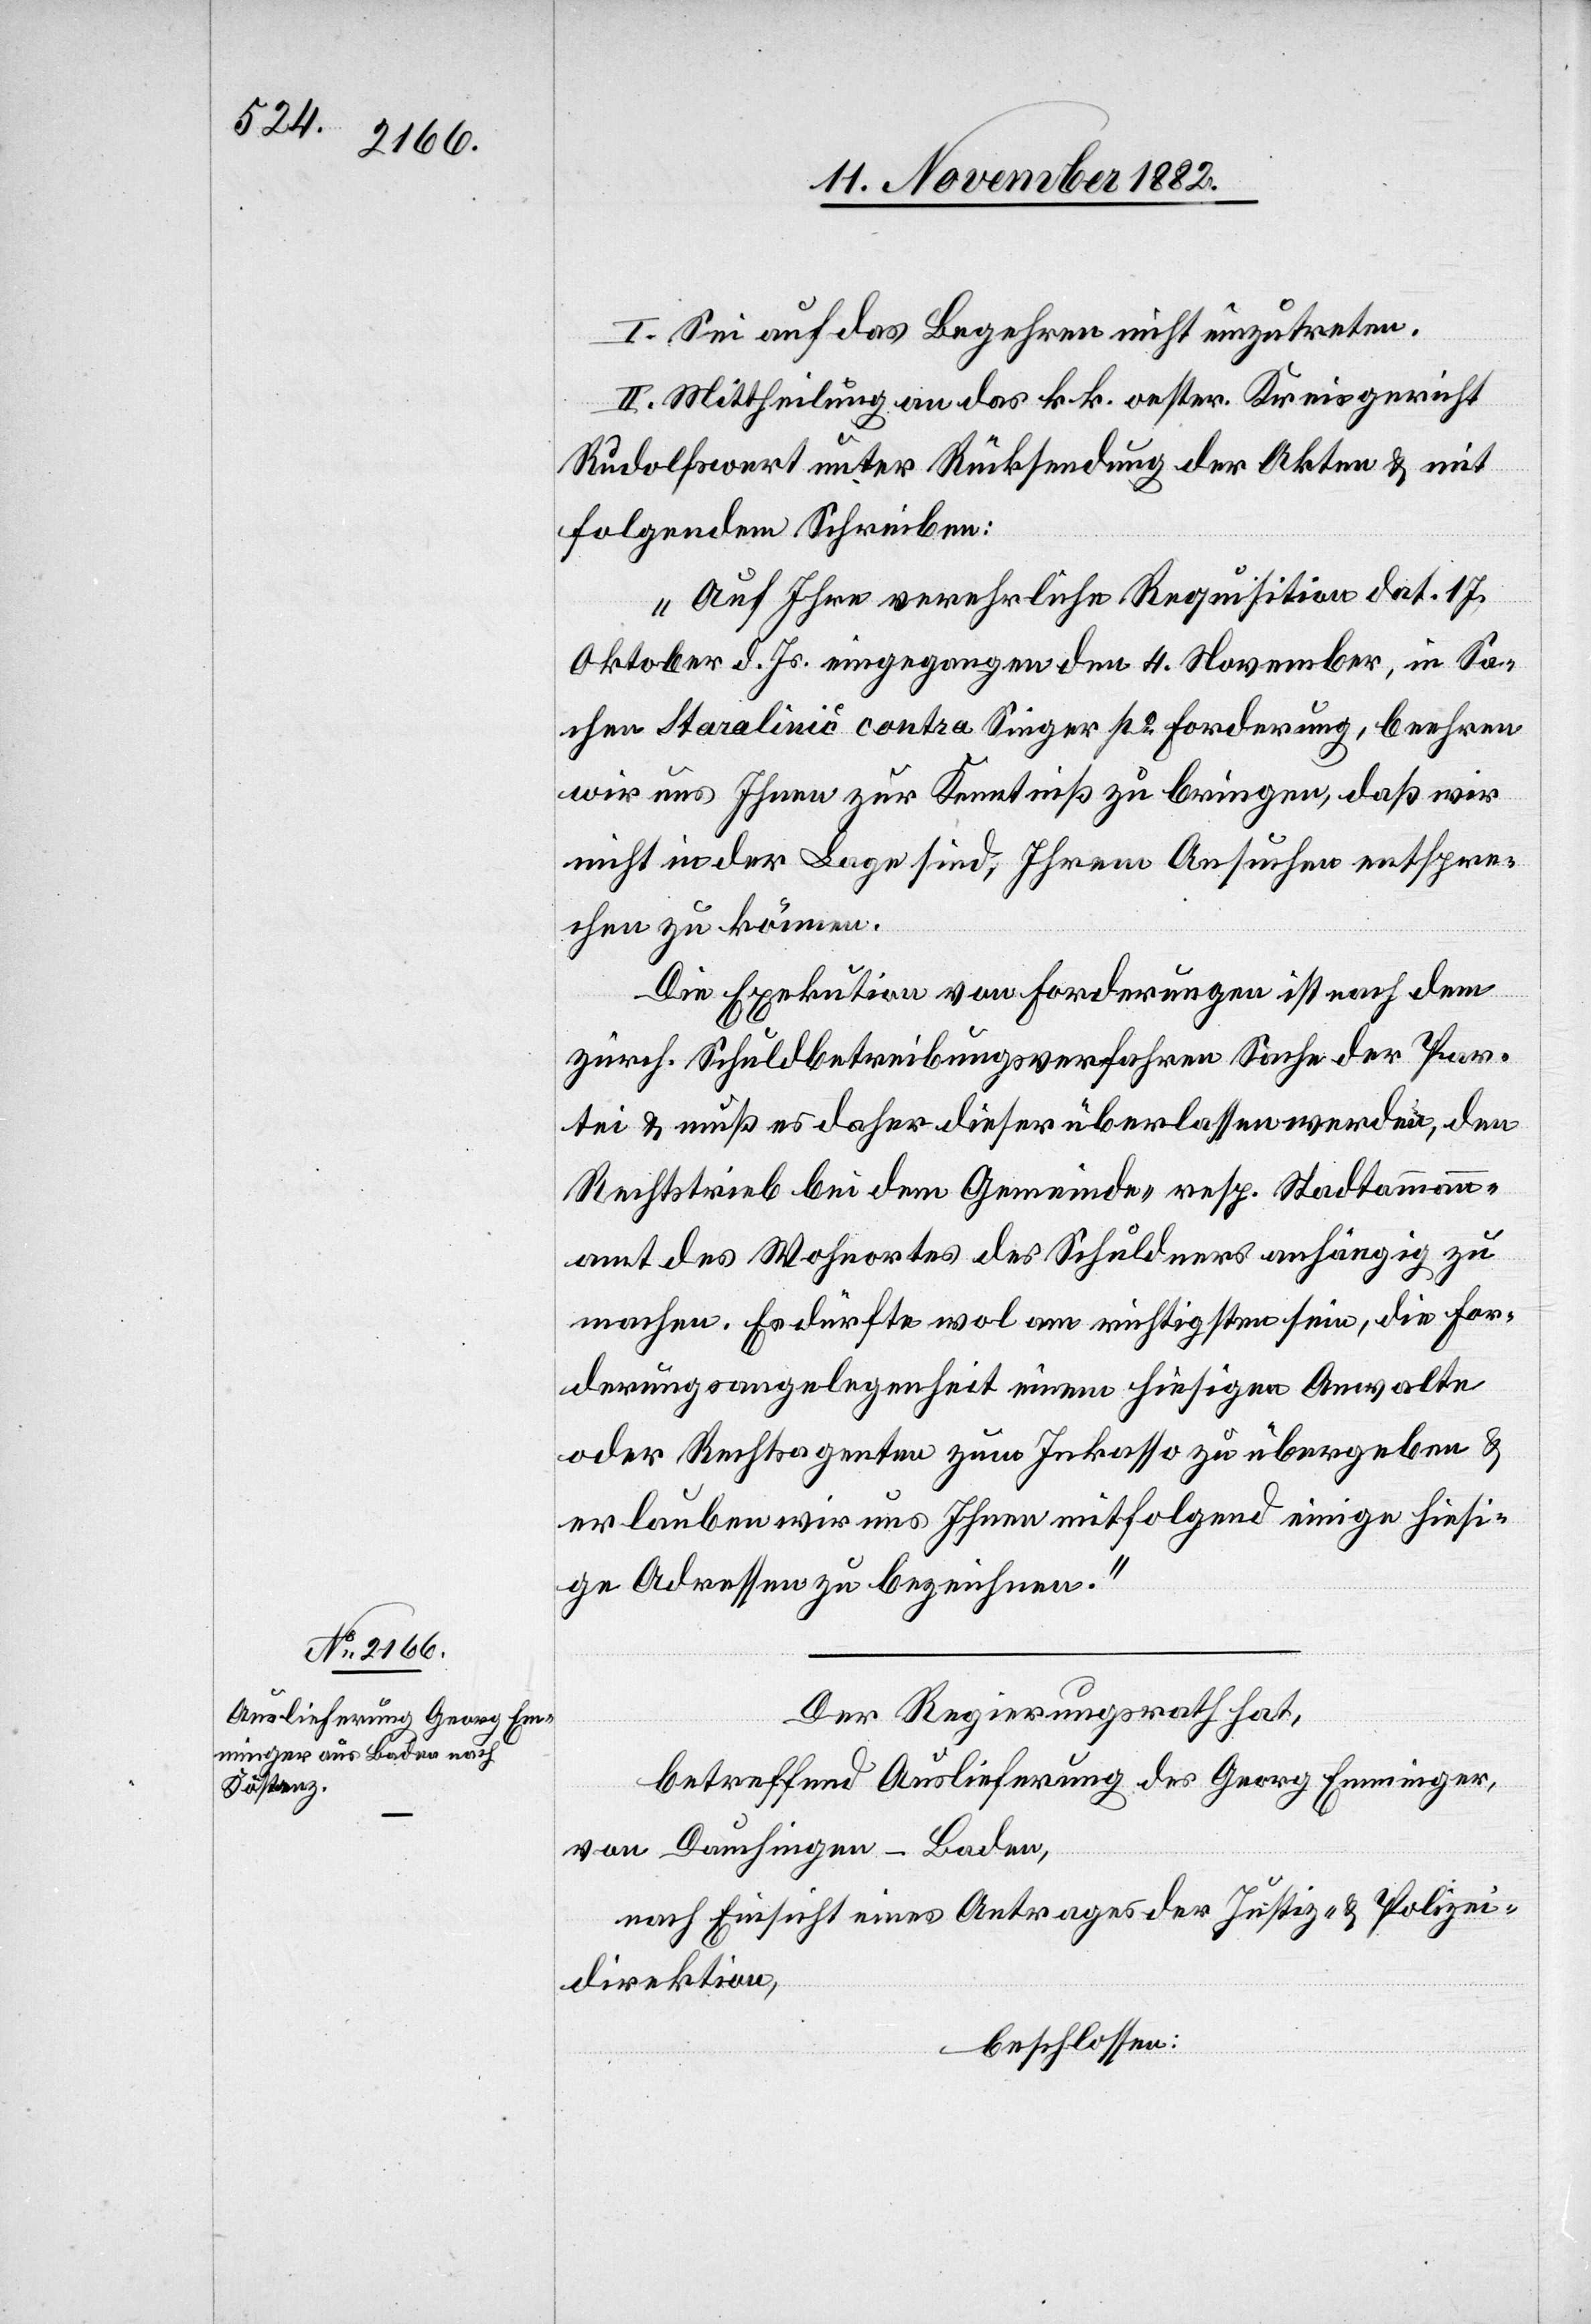
I. Sei auf das Begehren nicht einzutreten.
II. Mittheilung an das k. k. oester. Kreisgericht
Rudolfswert unter Rücksendung der Akten & mit
folgendem Schreiben:
„Auf Ihre verehrliche Requisition dat. 17.
Oktober d. Js. eingegang den 4. November in Sa¬
chen Staralinić contra Singer po Forderung, beehren
wir uns Ihnen zur Kenntniß zur bringen, daß wir
nicht in der Lage sind, Ihrem Ansuchen entspre¬
chen zu können.
Die Exekution von Forderungen ist nach dem
zürch. Schuldbetreibungsverfahren Sache der Par¬
tei & muß es daher dieser überlassen werden, den
Rechtstrieb bei dem Gemeinde- resp. Stadtammann¬
amt des Wohnortes des Schuldners anhängig zu
machen. Es dürfte wol am richtigsten sein, die For¬
derungsangelegenheit einem hiesigen Anwalte
oder Rechtsagenten zum Inkasso zu übergeben &
erlauben wir uns Ihnen mitfolgend einige hiesi¬
ge Adressen zu bezeichnen.“
Der Regierungsrath hat,
betreffend Auslieferung des Georg Emminger,
von Dauchingen - Baden,
nach Einsicht eines Antrages der Justiz- & Polizei¬
direktion,
beschlossen: